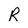
Character: R